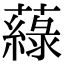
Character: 𦾯